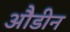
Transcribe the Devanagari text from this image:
औडीन